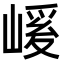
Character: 𭗄